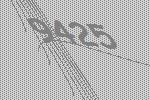
9425